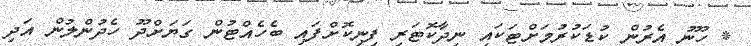
* ހޫނު އެރުން ކުޑަކުރުމަށްޓަކައި ނިދާކޮޓަރި ފިނިކޮށްފައި ބެހެއްޓުން ގަޔަށްދޫ ހެދުންލުން އަދި